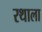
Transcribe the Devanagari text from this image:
रथाला